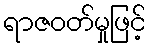
ရာဇဝတ်မှုဖြင့်